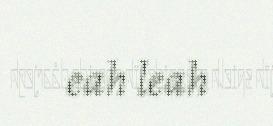
eah leah